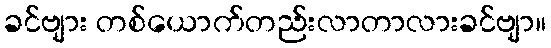
ခင်ဗျား တစ်ယောက်တည်းလာတာလားခင်ဗျာ။